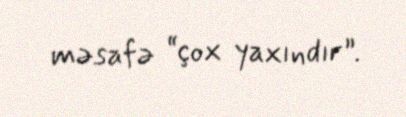
məsafə “çox yaxındır”.